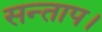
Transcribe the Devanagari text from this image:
सन्‍ताप।